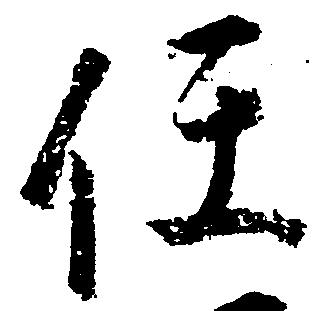
任